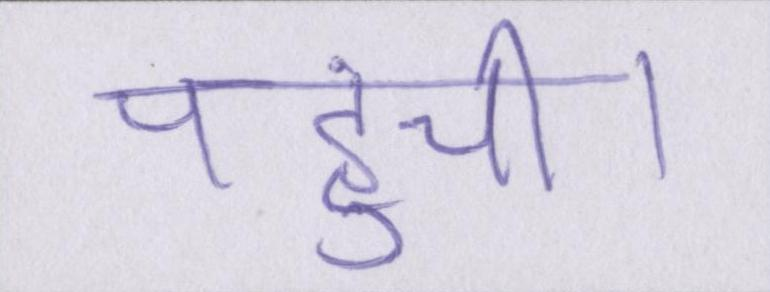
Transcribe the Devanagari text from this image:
पहुंची।